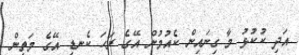
އަދި ކުކުޅު މާ ގިނައިން ކެއުމުން އޭގެ ރަހަ ކެނޑި އޭގެ މަތިން